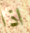
اذا